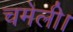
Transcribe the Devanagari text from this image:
चमेली।